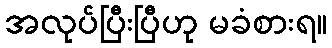
အလုပ်ပြီးပြီဟု မခံစားရ။